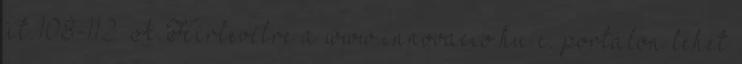
út 108-112. A Hírlevélre a www.innovacio.hu c. portálon lehet